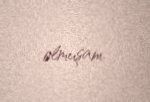
olmuşam.